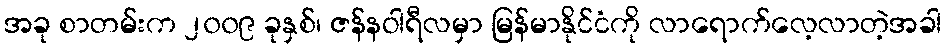
အခု စာတမ်းက ၂၀၀၉ ခုနှစ်၊ ဇန်နဝါရီလမှာ မြန်မာနိုင်ငံကို လာရောက်လေ့လာတဲ့အခါ